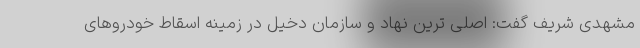
مشهدی شریف گفت: اصلی ترین نهاد و سازمان دخیل در زمینه اسقاط خودروهای